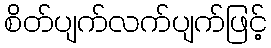
စိတ်ပျက်လက်ပျက်ဖြင့်